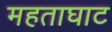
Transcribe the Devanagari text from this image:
महताघाट